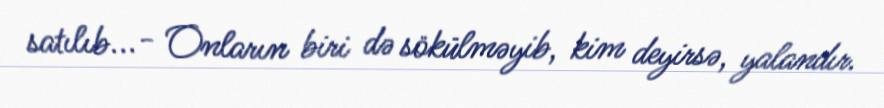
satılıb...- Onların biri də sökülməyib, kim deyirsə, yalandır.